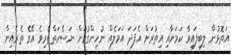
އަތޮޅުން ލިބިފައިވާ ކަމަށާއި އިތުރަށް އެފަދަ އަމަލެއް ނުހިންގުމަށް ނަސޭހަތްތެރިވެ އޭގެ ތެރެއިން